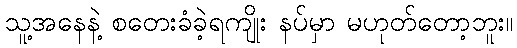
သူ့အနေနဲ့ စတေးခံခဲ့ရကျိုး နပ်မှာ မဟုတ်တော့ဘူး။